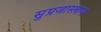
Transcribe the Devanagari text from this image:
सुप्रजास्त्वाय